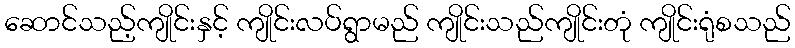
ဆောင်သည့်ကျိုင်းနှင့် ကျိုင်းလပ်ရွာမည် ကျိုင်းသည်ကျိုင်းတုံ ကျိုင်းရုံစသည်